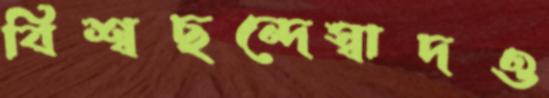
বিশ্বছন্দেস্বাদও